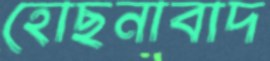
হোছনাবাদ